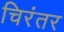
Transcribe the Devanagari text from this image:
चिरंतर